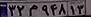
۳۲م۹۴۸۱۳